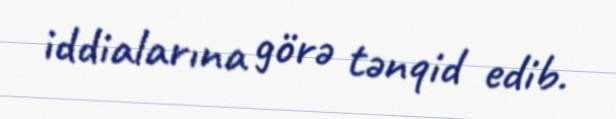
iddialarına görə tənqid edib.